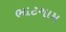
ભાટગામ